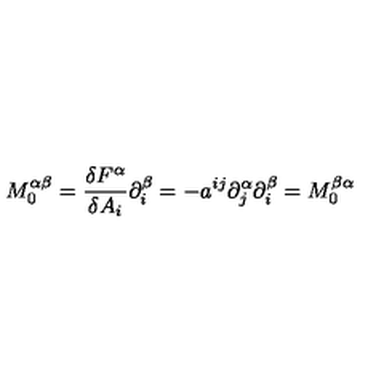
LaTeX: M _ { 0 } ^ { \alpha \beta } = \frac { \delta F ^ { \alpha } } { \delta A _ { i } } \partial _ { i } ^ { \beta } = - a ^ { i j } \partial _ { j } ^ { \alpha } \partial _ { i } ^ { \beta } = M _ { 0 } ^ { \beta \alpha }